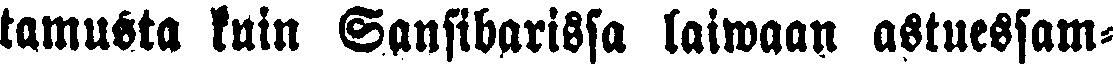
tamusta kuin Sansibarissa laiwaan astuessam-